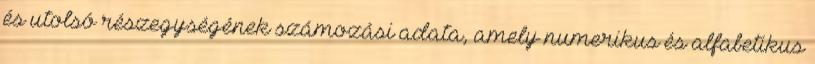
és utolsó részegységének számozási adata, amely numerikus és alfabetikus